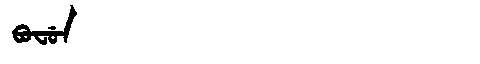
Manchu: ᠪᠣᠸᡠᠨ
Romanization: BOFUN